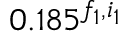
0 . 1 8 5 ^ { f _ { 1 } , i _ { 1 } }